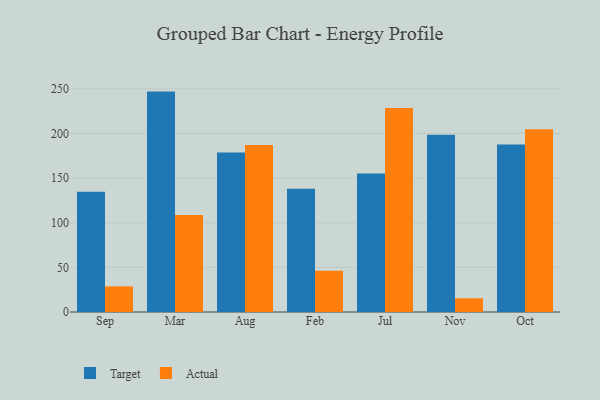
{"axis": {"x": "Month", "y": "Conversion Rate (%)"}, "legend": ["Actual", "Target"], "data": [{"x": "Sep", "y": 134.7, "type": "Target"}, {"x": "Sep", "y": 28.7, "type": "Actual"}, {"x": "Mar", "y": 246.8, "type": "Target"}, {"x": "Mar", "y": 108.6, "type": "Actual"}, {"x": "Aug", "y": 178.6, "type": "Target"}, {"x": "Aug", "y": 187.1, "type": "Actual"}, {"x": "Feb", "y": 138.1, "type": "Target"}, {"x": "Feb", "y": 46.1, "type": "Actual"}, {"x": "Jul", "y": 155.2, "type": "Target"}, {"x": "Jul", "y": 228.3, "type": "Actual"}, {"x": "Nov", "y": 198.6, "type": "Target"}, {"x": "Nov", "y": 15.4, "type": "Actual"}, {"x": "Oct", "y": 187.6, "type": "Target"}, {"x": "Oct", "y": 204.7, "type": "Actual"}]}